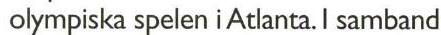
olympiska spelen i Atlanta. l samband